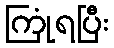
ကြုံရပြီး